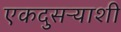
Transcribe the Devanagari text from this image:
एकदुसऱ्याशी